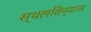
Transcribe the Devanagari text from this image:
स्थलविन्यास